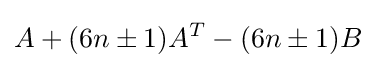
A+(6n\pm 1)A^{T}-(6n\pm 1)B